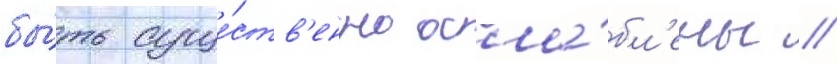
бы́ть суще́ств'енно осла́бл'ены //